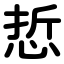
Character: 悊